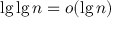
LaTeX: \lg \lg n = o ( \lg n )